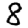
Digit: 8